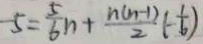
- 5 = \frac { 5 } { 6 } n + \frac { n ( n - 1 ) } { 2 } ( - \frac { 1 } { 6 } )